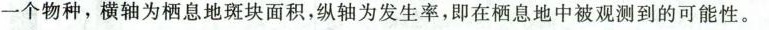
一个物种，横轴为栖息地斑块面积，纵轴为发生率，即在栖息地中被观测到的可能性。